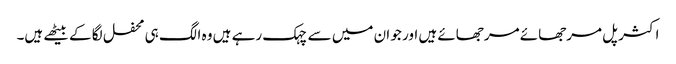
اکثر پل مرجھائے مرجھائے ہیں اور جو ان میں سے چہک رہے ہیں وہ الگ ہی محفل لگا کے بیٹھے ہیں۔